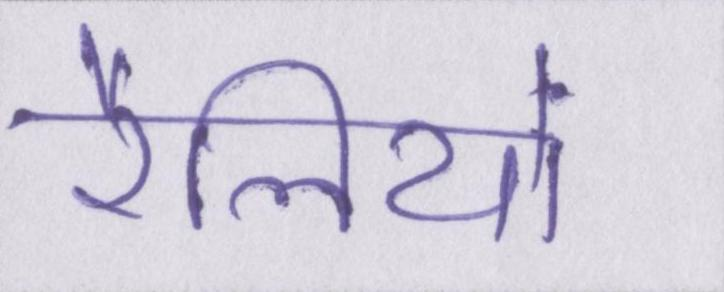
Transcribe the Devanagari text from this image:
रैलियों